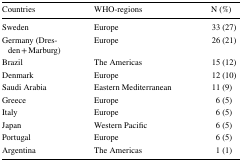
| Countries | WHO-regions | N (%) |
 | --- | --- | --- |
 | Sweden | Europe | 33 (27) |
 | Germany (Dresden + Marburg) | Europe | 26 (21) |
 | Brazil | The Americas | 15 (12) |
 | Denmark | Europe | 12 (10) |
 | Saudi Arabia | Eastern Mediterranean | 11 (9) |
 | Greece | Europe | 6 (5) |
 | Italy | Europe | 6 (5) |
 | Japan | Western Pacific | 6 (5) |
 | Portugal | Europe | 6 (5) |
 | Argentina | The Americas | 1 (1) |